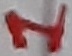
Text: 1